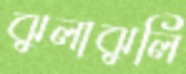
ঝুলাঝুলি